kultuurilooline_kollektsioon, lk 38
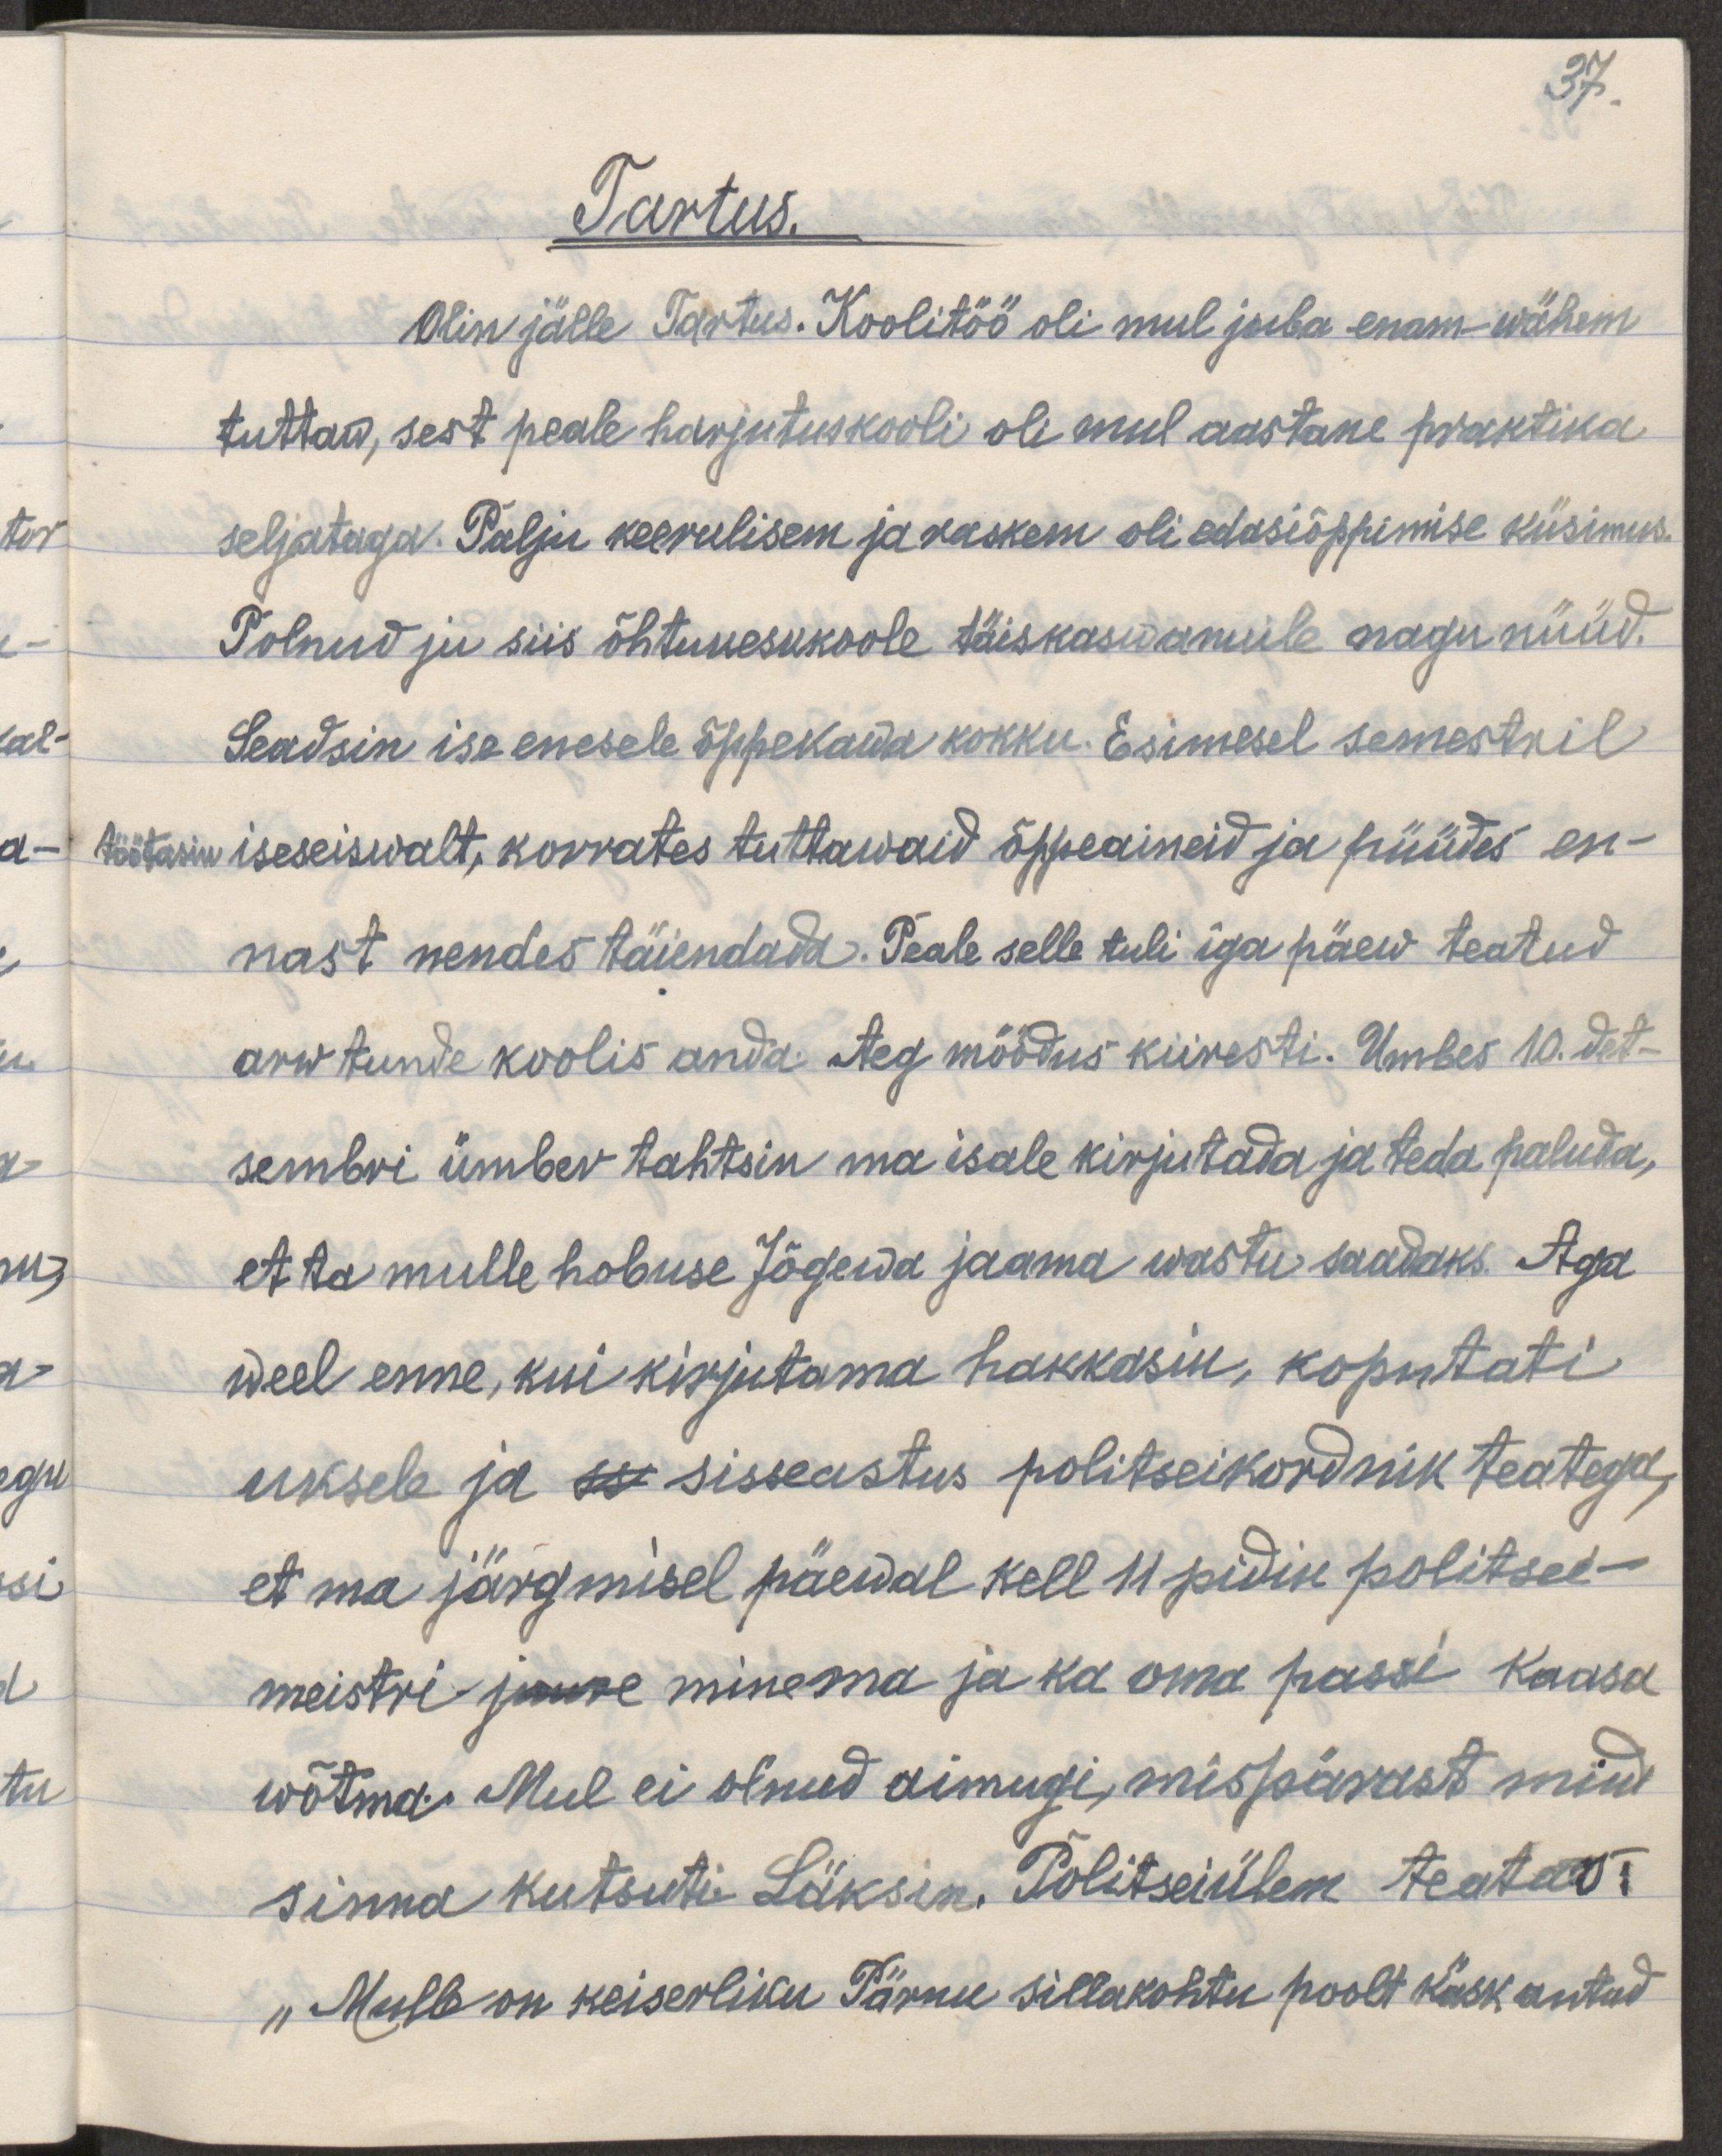
37.
Tartus
Olin jälle Tartus. Koolitöö oli mul juba enam-wähem
tuttaw, sest peale harjutuskooli oli mul aastane praktika
seljataga. Palju keerulisem ja raskem oli edasiõppimise küsimus.
Polnud ju siis õhtukeskkoole täiskasvanuile nagu nüüd.
Seadsin ise enesele õppekawa kokku. Esimesel semestril
töötasin iseseiswalt, korrates tuttawaid õppeaineid ja püüdes en-
nast nendes täiendada. Peale selle tuli iga päew teatud
arw tunde koolis anda. Aeg möödus kiiresti. Umbes 10. det-
sembri ümber tahtsin ma isale kirjutada ja teda paluda,
et ta mulle hobuse Jõgewa jaama wastu saadaks. Aga
weel enne, kui kirjutama hakkasin, koputati
uksele ja sisseastus politseikordnik teatega,
et ma järgmisel päewal kell 11 pidin politsei-
meistri juure minema ja ka oma passi kaasa
wõtma. Mul ei olnud aimugi, mispärast mind
sinna kutsuti. Läksin. Politseülem teatas:
„Mulle on keiserliku Pärnu sillakohtu poolt käsk antud